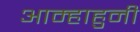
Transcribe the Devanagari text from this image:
आम्हाहुनी